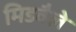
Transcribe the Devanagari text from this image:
मिडवैले